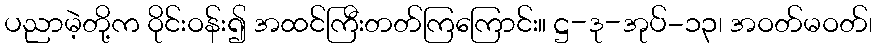
ပညာမဲ့တို့က ဝိုင်းဝန်း၍ အထင်ကြီးတတ်ကြကြောင်း။ ဋ္ဌ-ဒု-အုပ်-၁၃၊ အဝတ်မဝတ်၊